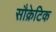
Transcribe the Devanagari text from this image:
सौक्रेटिक